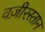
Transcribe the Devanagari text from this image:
वज़ीरस्तान